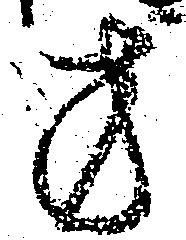
方